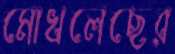
মোখলেছের